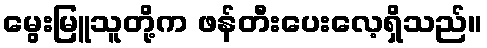
မွေးမြူသူတို့က ဖန်တီးပေးလေ့ရှိသည်။